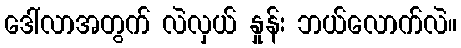
ဒေါ်လာအတွက် လဲလှယ် နှုန်း ဘယ်လောက်လဲ။